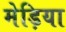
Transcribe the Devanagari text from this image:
मेड़िया